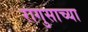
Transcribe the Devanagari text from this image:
रागुसाच्या